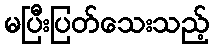
မပြီးပြတ်သေးသည့်